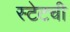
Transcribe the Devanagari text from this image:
स्टेटची